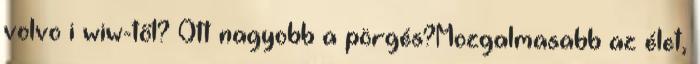
volvo i wiw-től? Ott nagyobb a pörgés?Mozgalmasabb az élet,